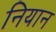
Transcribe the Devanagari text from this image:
नियान